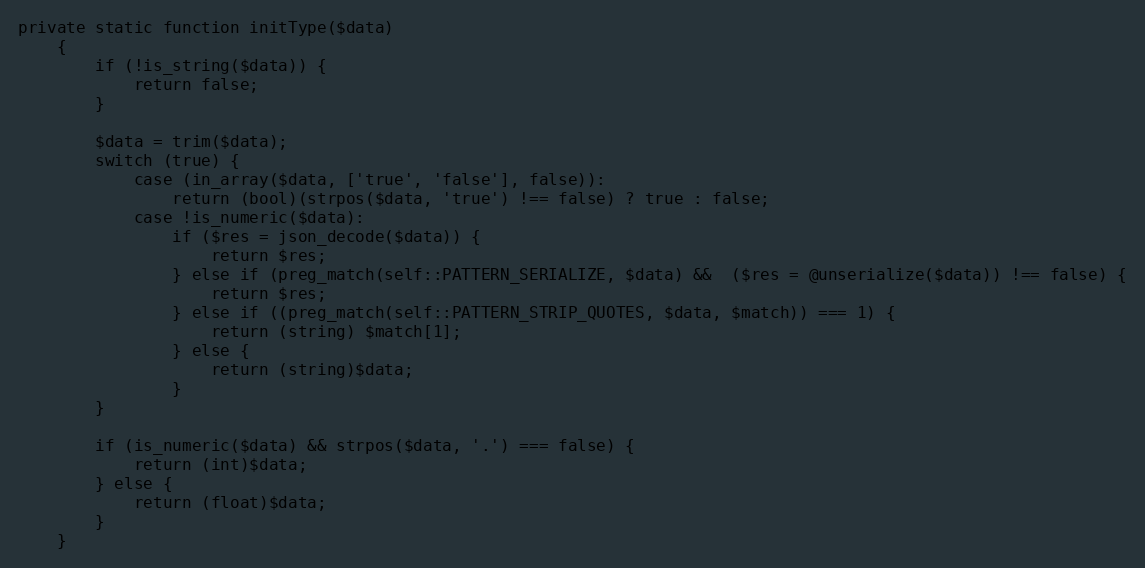
Language: PHP
private static function initType($data)
    {
        if (!is_string($data)) {
            return false;
        }

        $data = trim($data);
        switch (true) {
            case (in_array($data, ['true', 'false'], false)):
                return (bool)(strpos($data, 'true') !== false) ? true : false;
            case !is_numeric($data):
                if ($res = json_decode($data)) {
                    return $res;
                } else if (preg_match(self::PATTERN_SERIALIZE, $data) &&  ($res = @unserialize($data)) !== false) {
                    return $res;
                } else if ((preg_match(self::PATTERN_STRIP_QUOTES, $data, $match)) === 1) {
                    return (string) $match[1];
                } else {
                    return (string)$data;
                }
        }

        if (is_numeric($data) && strpos($data, '.') === false) {
            return (int)$data;
        } else {
            return (float)$data;
        }
    }